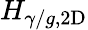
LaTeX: H_{\gamma/g,\mathrm{{2D}}}